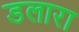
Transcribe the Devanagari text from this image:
डलारा